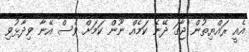
އެއީ ރައްޔިތުން ޖާގަ ދޭނެ ކަމެއް ނޫން ކަމަށް ވެސް އޭނާ ވިދާޅުވި